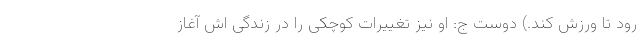
رود تا ورزش کند.) دوست ج: او نیز تغییرات کوچکی را در زندگی اش آغاز